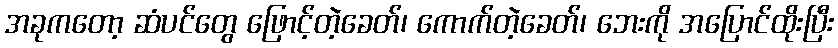
အခုကတော့ ဆံပင်တွေ ဖြောင့်တဲ့ခေတ်၊ ကောက်တဲ့ခေတ်၊ ဘေးကို အပြောင်ထိုးပြီး